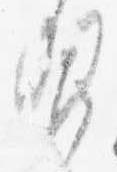
習